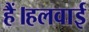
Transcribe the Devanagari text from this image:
हैं।हलवाई